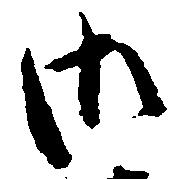
御